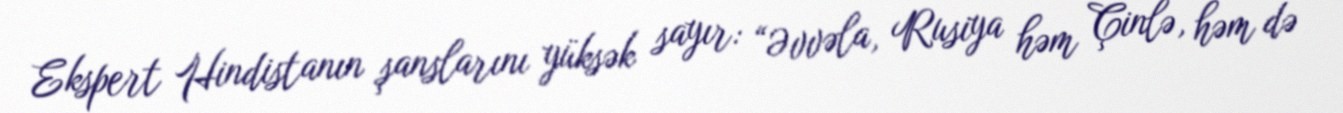
Ekspert Hindistanın şanslarını yüksək sayır: “Əvvəla, Rusiya həm Çinlə, həm də